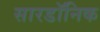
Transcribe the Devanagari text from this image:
सारडॉनिक